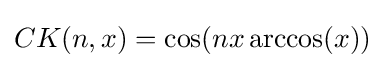
CK(n,x)=\cos(nx\arccos(x))